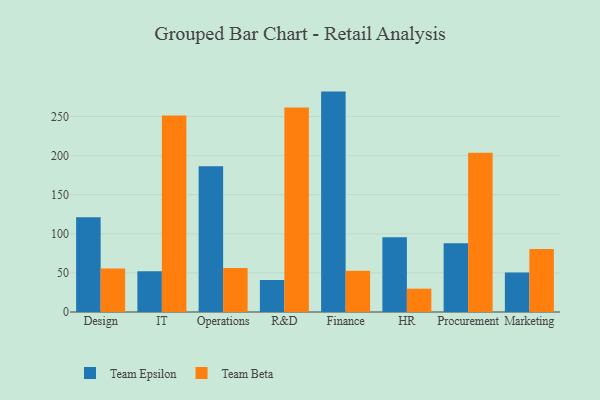
{"axis": {"x": "Department", "y": "Inventory Turnover"}, "legend": ["Team Beta", "Team Epsilon"], "data": [{"x": "Design", "y": 121.3, "type": "Team Epsilon"}, {"x": "Design", "y": 55.5, "type": "Team Beta"}, {"x": "IT", "y": 52.2, "type": "Team Epsilon"}, {"x": "IT", "y": 251.1, "type": "Team Beta"}, {"x": "Operations", "y": 186.4, "type": "Team Epsilon"}, {"x": "Operations", "y": 56.4, "type": "Team Beta"}, {"x": "R&D", "y": 40.9, "type": "Team Epsilon"}, {"x": "R&D", "y": 261.4, "type": "Team Beta"}, {"x": "Finance", "y": 281.8, "type": "Team Epsilon"}, {"x": "Finance", "y": 52.9, "type": "Team Beta"}, {"x": "HR", "y": 95.7, "type": "Team Epsilon"}, {"x": "HR", "y": 29.8, "type": "Team Beta"}, {"x": "Procurement", "y": 87.8, "type": "Team Epsilon"}, {"x": "Procurement", "y": 203.5, "type": "Team Beta"}, {"x": "Marketing", "y": 50.6, "type": "Team Epsilon"}, {"x": "Marketing", "y": 80.4, "type": "Team Beta"}]}